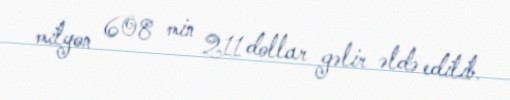
milyon 608 min 211 dollar gəlir əldə edilib.